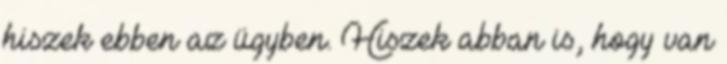
hiszek ebben az ügyben. Hiszek abban is, hogy van